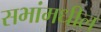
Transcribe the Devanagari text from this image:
सभांमधील